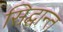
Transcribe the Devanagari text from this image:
सिद्घान्त